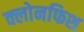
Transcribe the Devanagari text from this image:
क्लोनफिश